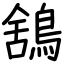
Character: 鵨